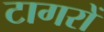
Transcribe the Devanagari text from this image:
टागरों